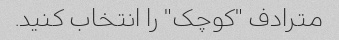
مترادف "کوچک" را انتخاب کنید.